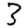
Digit: 3